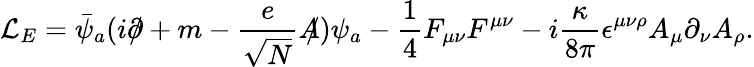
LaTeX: {\cal L}_{E}=\bar{\psi}_{a}(i\partial\! \! \! /+m-\frac{e}{\sqrt{N}}A\! \! \! /)\psi_{a}-\frac{1}{4}F_{\mu\nu}F^{\mu\nu}-i\frac{\kappa}{8\pi}\epsilon^{\mu\nu\rho}A_{\mu}\partial_{\nu}A_{\rho}.